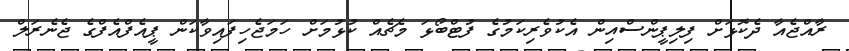
ރާއްޖެއާ ދެކޮޅަށް ފިލިޕީންސްއިން އެކުވެރިކަމުގެ ފުޓްބޯޅަ މެޗެއް ކުޅުމަށް ހަމަޖެހިފައިވާކަން ޕީއެފްއެފްގެ ޖެނެރަލް